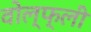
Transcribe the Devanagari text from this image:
वोल्फ्ली